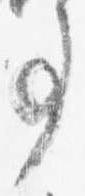
事